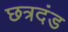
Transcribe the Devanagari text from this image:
छत्रदंड